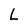
Character: L